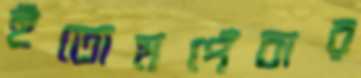
হুঁতোমপেঁচার